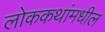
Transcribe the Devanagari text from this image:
लोककथांमधील